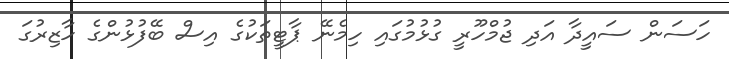
ހަސަން ސައީދާ އަދި ޖުމްހޫރީ ގުޅުމުގައި ހިމެނޭ ޕާޓީތަކުގެ އިސް ބޭފުޅުންގެ ހާޒިރުގަ